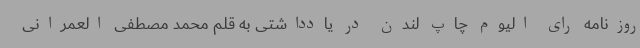
روزنامه رای الیوم چاپ لندن در یادداشتی به قلم محمد مصطفی العمرانی